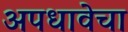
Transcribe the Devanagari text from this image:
अपधावेचा